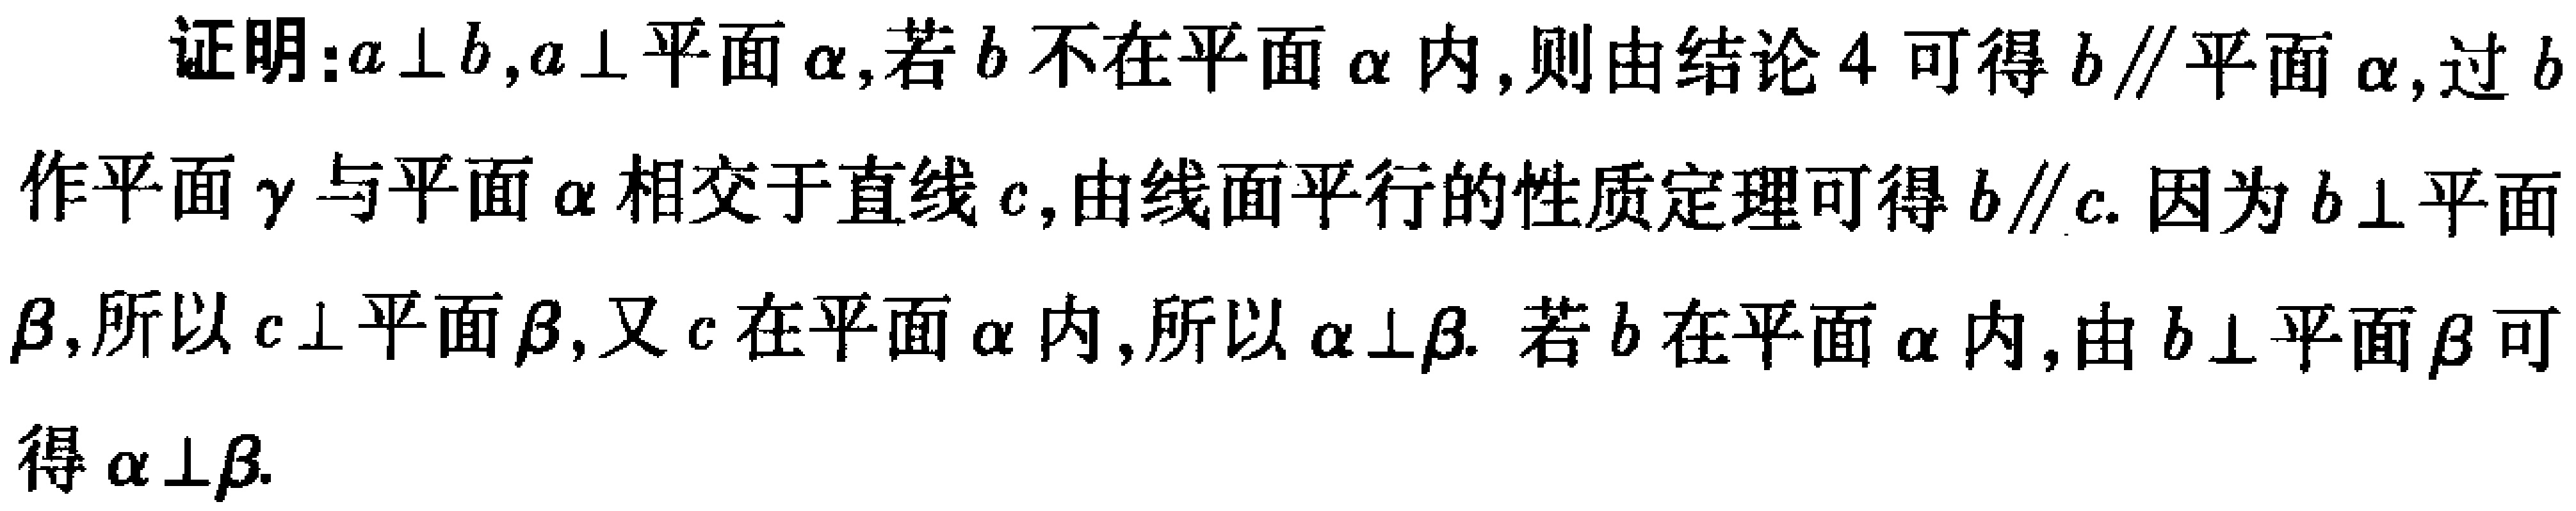
证明：$a\perp b,a\perp 平面\alpha ,若b不在平面\alpha 内,则由结论4可得b\parallel 平面\alpha ,过b作平面\gamma 与平面\alpha 相交于直线c,由线面平行的性质定理可得b\parallel c.因为b\perp 平面\beta ,所以c\perp 平面\beta ,又c在平面\alpha 内,所以\alpha\perp\beta .若b在平面\alpha 内,由b\perp 平面\beta 可得\alpha\perp\beta .$